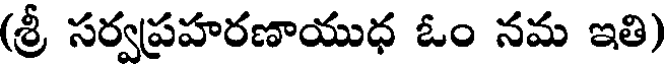
(శ్రీ సర్వప్రహరణాయుధ ఓం నమ ఇతి)